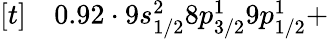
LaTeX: \begin{array}{rl}{[t]}&{{}0.92\cdot 9s_{1/2}^{2}8p_{3/2}^{1}9p_{1/2}^{1}+}\end{array}